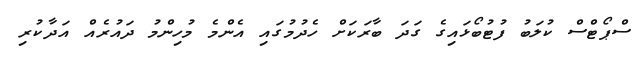
ސްޕޯޓްސް ކުލަބު ފުޓުބޯޅައިގެ ގަދަ ބާރަކަށް ހެދުމުގައި އެންމެ މުހިންމު ދައުރެއް އަދާކުރި